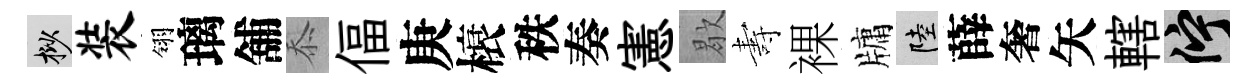
挲装翎璃舖忝偪庚榱秩奏憲歇夀裸牗陸薛奢矢轄伫